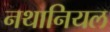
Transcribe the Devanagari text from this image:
नथानियल